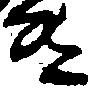
き